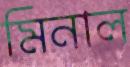
মিনাল